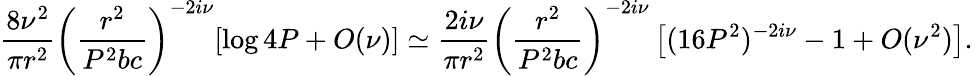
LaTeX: \frac{8\nu^{2}}{\pi r^{2}}\left(\frac{r^{2}}{P^{2}bc}\right)^{-2i\nu}[\log 4P+O(\nu)]\simeq\frac{2i\nu}{\pi r^{2}}\left(\frac{r^{2}}{P^{2}bc}\right)^{-2i\nu}\left[(16P^{2})^{-2i\nu}-1+O(\nu^{2})\right].